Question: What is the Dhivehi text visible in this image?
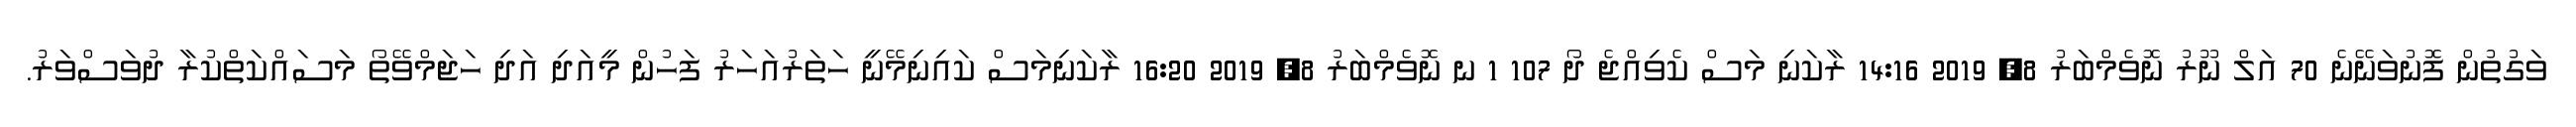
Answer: ވަގުތުން ފޮނުވަނޭނެ 70 އަލް ނޫރު ނޮވެމްބަރު 8, 2019 14:16 ރާކަނި މަސް ކެވިއްޖެ ދޯ 107 1 ނ ނޮވެމްބަރު 8, 2019 16:20 ރާކަނިމަސް ކައިނިމޭނީ ހަތަރުއަހަރު ފަހުން މީއަދި އަދި ހަޖަމްވޭތޯ މަސައްކަތްކުރާ ދުވަސްވަރު.